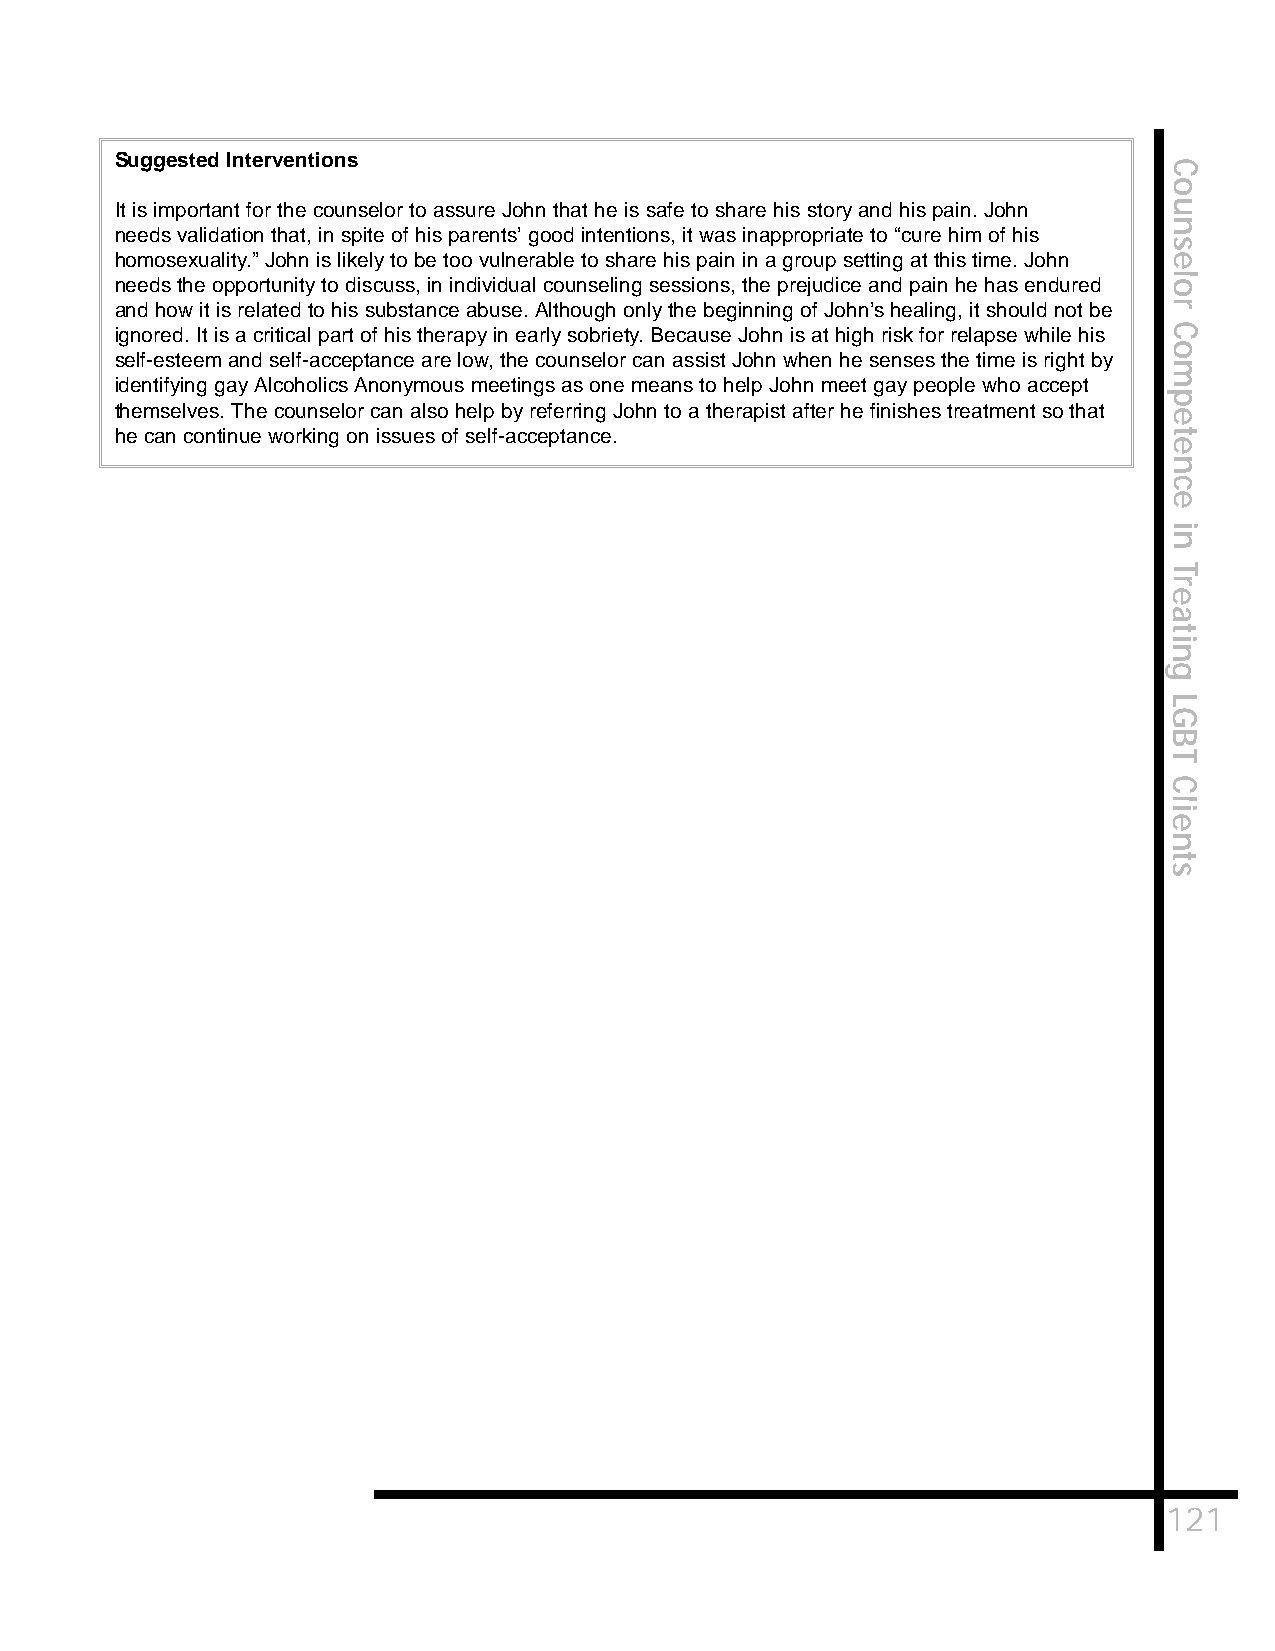
Suggested Interventions
 C
 o
 It is important for the counselor to assure John that he is safe to share his story and his pain. John u
 n
 needs validation that, in spite of his parents’ good intentions, it was inappropriate to “cure him of his
 s
 homosexuality.” John is likely to be too vulnerable to share his pain in a group setting at this time. John e
 l
 needs the opportunity to discuss, in individual counseling sessions, the prejudice and pain he has endured o
 and how it is related to his substance abuse. Although only the beginning of John’s healing, it should not be r
 ignored. It is a critical part of his therapy in early sobriety. Because John is at high risk for relapse while his C
 o
 self-esteem and self-acceptance are low, the counselor can assist John when he senses the time is right by
 m
 identifying gay Alcoholics Anonymous meetings as one means to help John meet gay people who accept
 p
 themselves. The counselor can also help by referring John to a therapist after he finishes treatment so that
 e
 he can continue working on issues of self-acceptance.                t
 e
 n
 c
 e
 i
 n
 T
 r
 e
 a
 t
 i
 n
 g
 L
 G
 B
 T
 C
 l
 i
 e
 n
 t
 s
 121